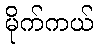
မိုက်ကယ်